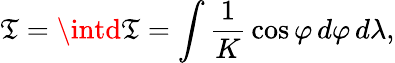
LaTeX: \mathfrak{T}=\intd\mathfrak{T}=\int{\frac{{1}}{{K}}}\cos\varphi\, d\varphi\, d\lambda,